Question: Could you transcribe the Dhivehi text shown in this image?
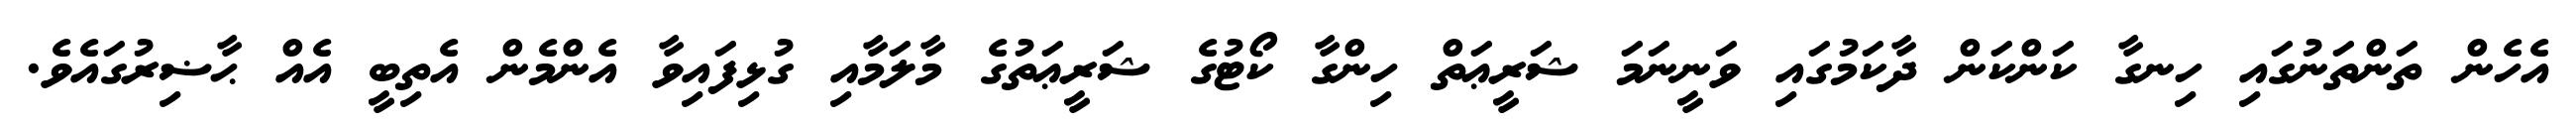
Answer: އެހެން ތަންތަނުގައި ހިނގާ ކަންކަން ދާކަމުގައި ވަނީނަމަ ޝަރީޢަތް ހިންގާ ކޯޓުގެ ޝަރީޢަތުގެ މާލަމާއި ގުޅިފައިވާ އެންމެން އެތިބީ އެއް ޙާޟިރުގައެވެ.